Scottish Leaving Certificate Examination, 1951
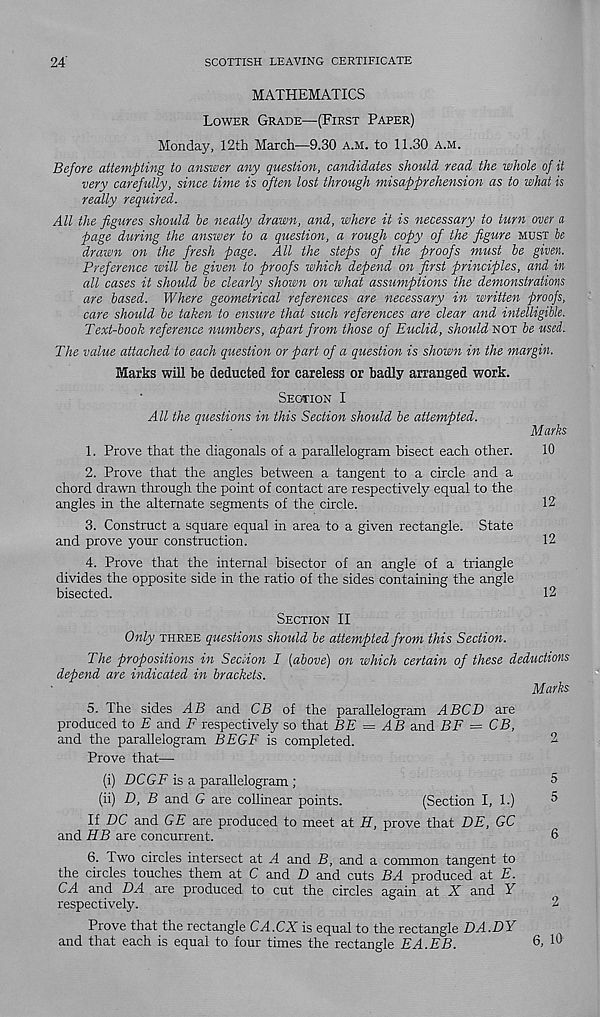
24
SCOTTISH LEAVING CERTIFICATE
MATHEMATICS
LOWER GRADE—(FIRST PAPER)
Monday, 12th March—9.30 A.M. to 11.30 A.M.
Before attempting to answer any question, candidates should read the whole of it
very carefully, since time is often lost through misapprehension as to what is
really required.
All the figures should he neatly drawn, and, where it is necessary to turn over a
page during the answer to a question, a rough copy of the figure MOST be
drawn on the fresh page. All the steps of the proofs must be given.
Preference will he given to proofs which depend on first principles, and in
all cases it should he clearly shown on what assumptions the demonstrations
are based. Where geometrical references are necessary in written proofs,
care should he taken to ensure that such references are dear and intelligible.
Text-book reference numbers, apart from those of Euclid, should NOT he used.
The value attached to each question or part of a question is shown in the margin.
Marks will be deducted for careless or badly arranged work.
SECTION I
All the questions in this Section should he attempted.
Marks
1. Prove that the diagonals of a parallelogram bisect each other.
10
2. Prove that the angles between a tangent to a circle and a
chord drawn through the point of contact are respectively equal to the
angles in the alternate segments of the circle.
12
3. Construct a square equal in area to a given rectangle. State
and prove your construction.
12
4. Prove that the internal bisector of an angle of a triangle
divides the opposite side in the ratio of the sides containing the angle
bisected.
12
SECTION II
Only THREE questions should he attempted from this Section.
The propositions in Section I [above) on which certain of these deductions
depend are indicated in brackets.
Marks
5.
The sides AB and CB of the parallelogr
produced to E and F respectively so that BE = AB and BE = CB,
and the parallelogram BEGF is completed.
2
Prove that—
(i) DCGF is a parallelogram ;
5
(ii) D, B and G are collinear points.
(Section I, 1.)
5
If DC and GE are produced to meet at H, prove that DE, GC
and HB are concurrent.
6
6.
Two circles intersect at A and B, and a com
the circles touches them at C and D and cuts BA produced at E.
CA and DA are produced to cut the circles again at X and Y
respectively.
2
Prove that the rectangle CA.CX is equal to the rectangle DA.DY
and that each is equal to four times the rectangle EA.EB.
6 < 10